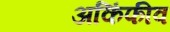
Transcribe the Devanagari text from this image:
अकिंफीव